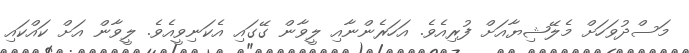
މަސްދުވަހަށް މެލޭޝިޔާއަށް ފުރިއެވެ. އަހަރެންނާއި ލީވާން ގޭގައި އެކަނިވީއެވެ. ލީވާން އަށް ކައްކައި